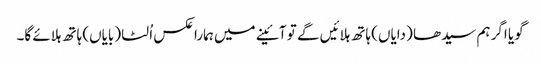
گویا اگر ہم سیدھا (دایاں) ہاتھ ہلائیں گے تو آئینے میں ہمارا عکس اُلٹا (بایاں) ہاتھ ہلائے گا۔